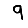
Digit: 9